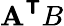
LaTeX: \mathbf{A}^{\boldsymbol{\mathsf{{T}}}}B